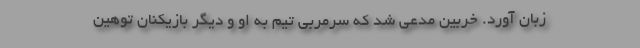
زبان آورد. خربین مدعی شد که سرمربی تیم به او و دیگر بازیکنان توهین